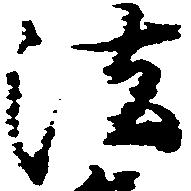
法